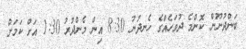
ބަންދުނޫން ކޮންމެ ދުވަހެއްގެ ހެނދުނު 8:30 އިން މެންދުރު 1:30 އަށް ކަމަށް